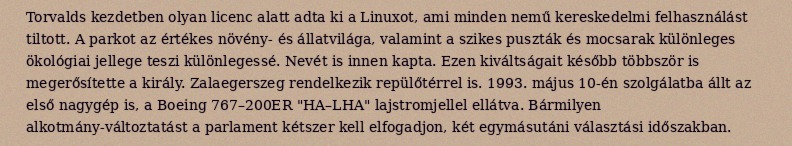
Torvalds kezdetben olyan licenc alatt adta ki a Linuxot, ami minden nemű kereskedelmi felhasználást tiltott. A parkot az értékes növény- és állatvilága, valamint a szikes puszták és mocsarak különleges ökológiai jellege teszi különlegessé. Nevét is innen kapta. Ezen kiváltságait később többször is megerősítette a király. Zalaegerszeg rendelkezik repülőtérrel is. 1993. május 10-én szolgálatba állt az első nagygép is, a Boeing 767–200ER "HA–LHA" lajstromjellel ellátva. Bármilyen alkotmány-változtatást a parlament kétszer kell elfogadjon, két egymásutáni választási időszakban.